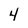
Character: 4